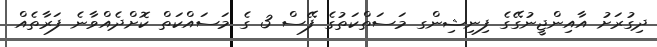
ދިގުރަށު އާއިންޖީނުގޭގެ ފިނިޝިންގ މަސަތްކަތުގެ ފޭސް 3 ގެ މަސައްކަތް ކޮށްދެއްވާނެ ފަރާތެއް